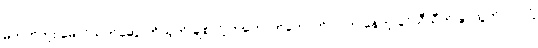
မဟုတ်ဘူး မောင်သက်ဆွေ၊ ကိုယ့်ကို ချစ်လို့ တကောက်ကောက် လိုက် နေတဲ့ ခင်သီသီကို ခွာထွက်လာလို့